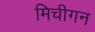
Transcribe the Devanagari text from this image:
मिचीगन